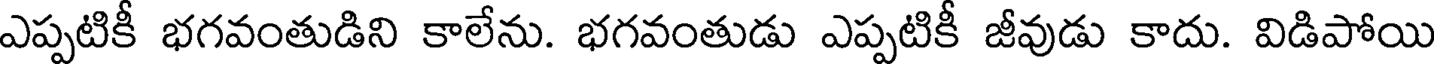
ఎప్పటికీ భగవంతుడిని కాలేను. భగవంతుడు ఎప్పటికీ జీవుడు కాదు. విడిపోయి